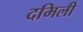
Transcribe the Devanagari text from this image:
दमिली